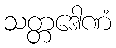
သတ္တဒေါဏံ